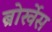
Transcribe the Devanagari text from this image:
ब्रोर्खेस